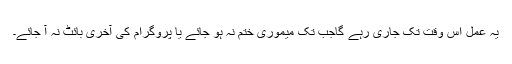
یہ عمل اس وقت تک جاری رہے گاجب تک میموری ختم نہ ہو جائے یا پروگرام کی آخری بائٹ نہ آ جائے۔